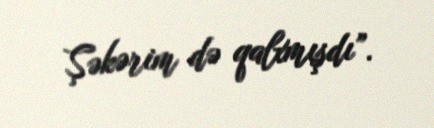
Şəkərim də qalxmışdı”.